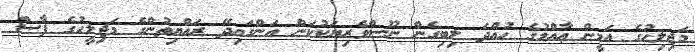
މަޖިލިހުގެ އަމީން ޢާއްމުގެ ހުއްދަ ލިބިގެން ނޫސްވެރިޔަކުކަން އަންގައިދޭ ރައްޔިތުންގެ މަޖިލީހުގެ ފާސް